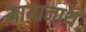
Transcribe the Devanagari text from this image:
मायानाथ